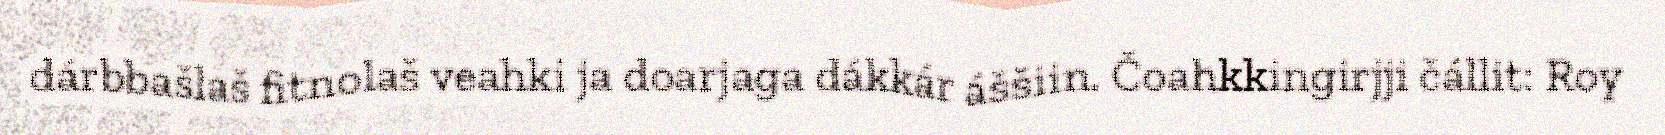
dárbbašlaš fitnolaš veahki ja doarjaga dákkár áššiin. Čoahkkingirjji čállit: Roy